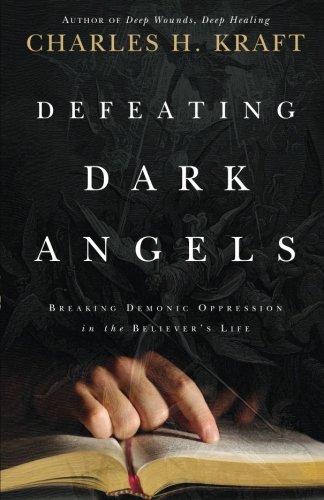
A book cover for Defeating Dark Angels: Breaking Demonic Oppression in the Believer's Life; Charles H. Kraft; Christian Books & Bibles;